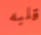
قلبه